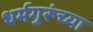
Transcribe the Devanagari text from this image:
धर्मगुरूंच्या